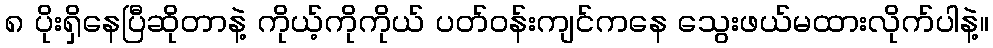
၈ ပိုးရှိနေပြီဆိုတာနဲ့ ကိုယ့်ကိုကိုယ် ပတ်ဝန်းကျင်ကနေ သွေးဖယ်မထားလိုက်ပါနဲ့။